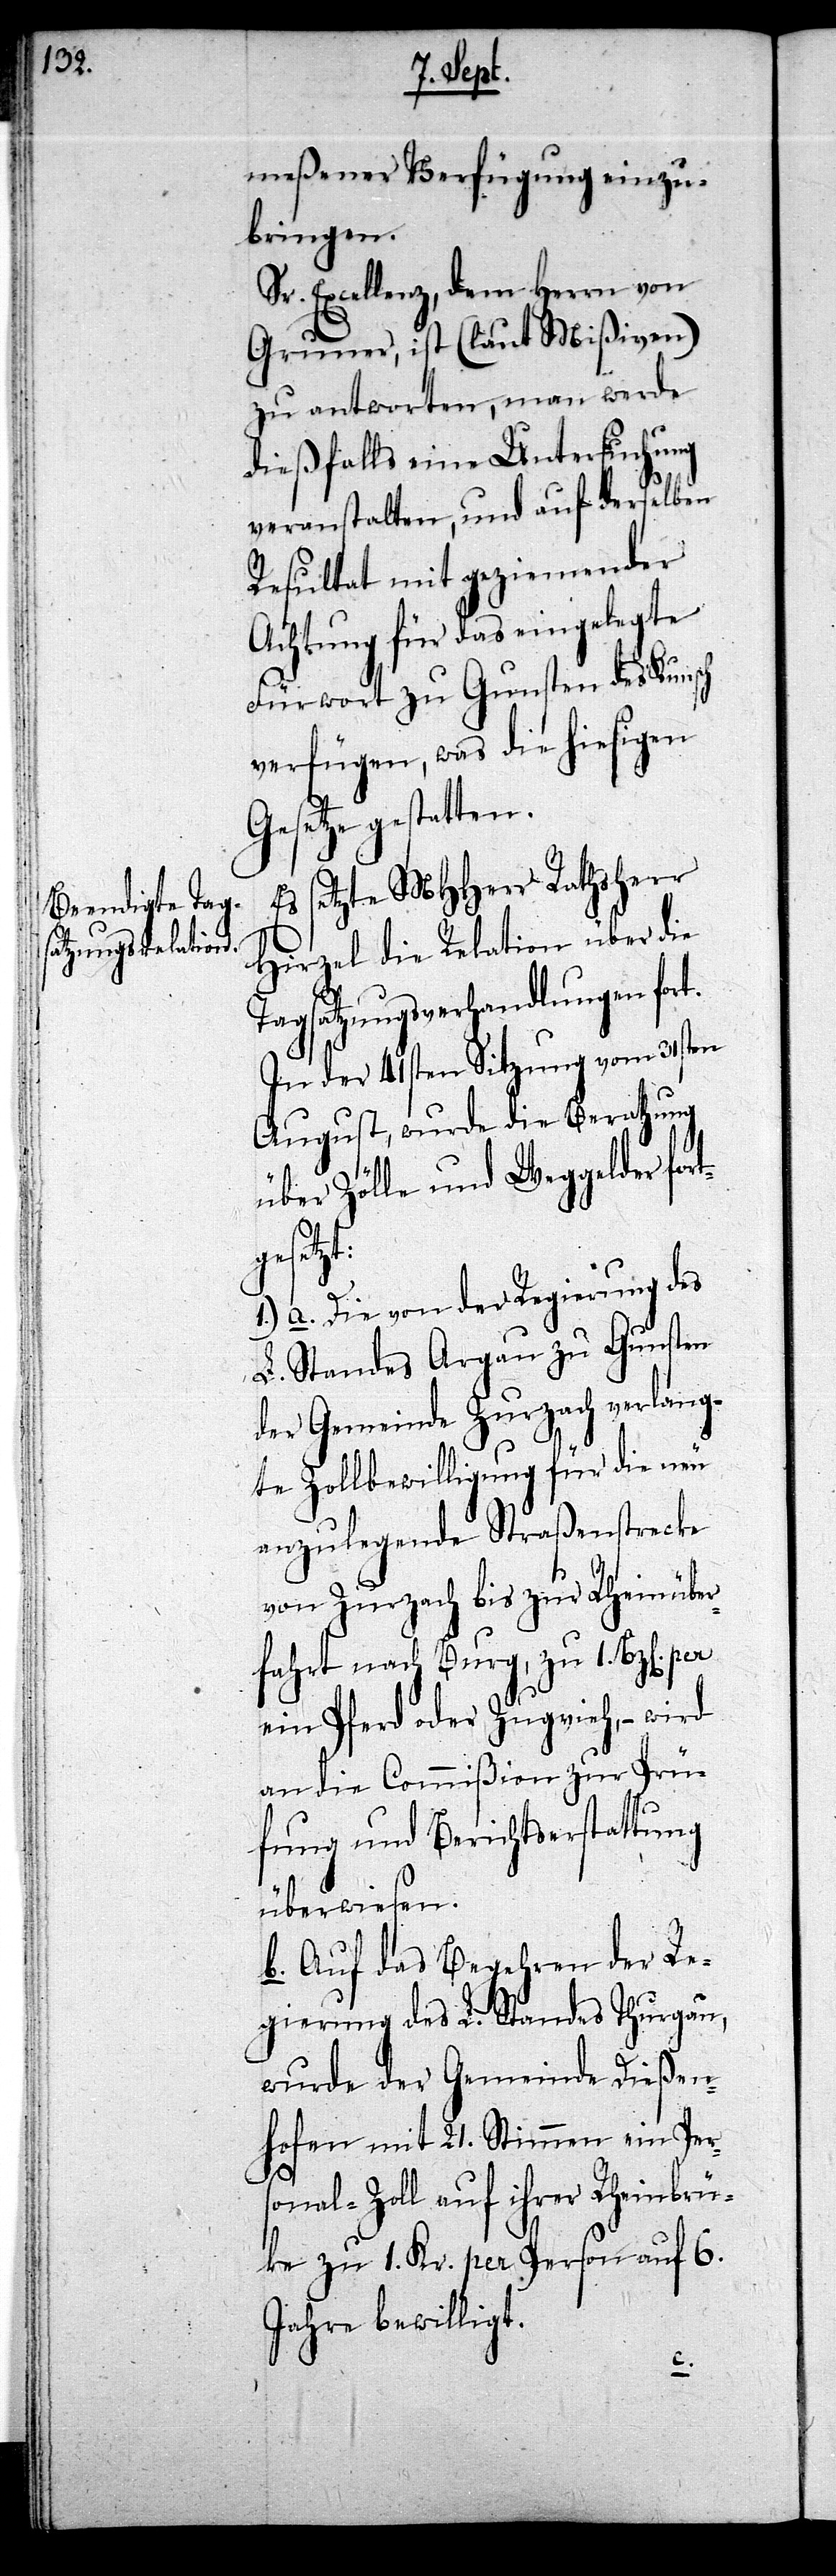
meßener Verfügung einzu¬
bringen.
Sr. Excellenz, dem Herrn von
Gruner, ist (laut Mißiven)
zu antworten, man werde
dießfalls eine Untersuchung
veranstalten, und auf derselben
Resultat mit geziemender
Achtung für das eingelegte
Fürwort zu Gunsten des Kunsch
verfügen, was die hiesigen
Gesetze gestatten.
te MHHerr Rathsherr
Es
Hirzel die Relation über die
Tagsatzungsverhandlungen fort.
In der 41sten Sitzung vom 31sten
August, wurde die Berathung
über Zölle und Weggelder fors¬
gesetz¬
t:
1.) a. Die von der Regierung des
L. Standes Argau zu Gunsten
der Gemeinde Zurzach verlang¬
te Zollbewilligung für die neu
anzulegende Straßenstrecke
von Zurzach bis zur Rheinüber¬
fahrt nach Burg, zu 1. Bz[en].
ein Pferd oder Zugvieh, – wird
an die Commißion zur Prü¬
fung und Berichtserstattung
überwiesen.
b. Auf das Begehren der Re¬
gierung des L. Standes Thurgau,
wurde der Gemeinde Dießen¬
hofen mit 21. Stimmen ein Pers¬
onal-Zoll auf ihrer Rheinbrü¬
ke zu 1. Kr. per Person auf 6.
Jahre bewilligt.